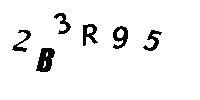
2B3R95